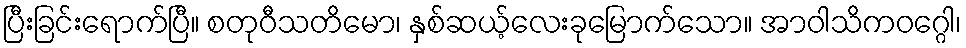
ပြီးခြင်းရောက်ပြီ။ စတုဝီသတိမော၊ နှစ်ဆယ့်လေးခုမြောက်သော။ အာဝါသိကဝဂ္ဂေါ၊